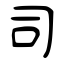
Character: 司